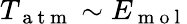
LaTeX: T_{\mathrm{~a~t~m~}}\sim E_{\mathrm{~m~o~l~}}